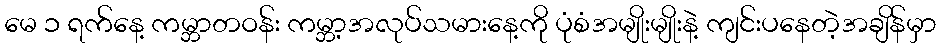
မေ ၁ ရက်နေ့ ကမ္ဘာတဝန်း ကမ္ဘာ့အလုပ်သမားနေ့ကို ပုံစံအမျိုးမျိုးနဲ့ ကျင်းပနေတဲ့အချိန်မှာ